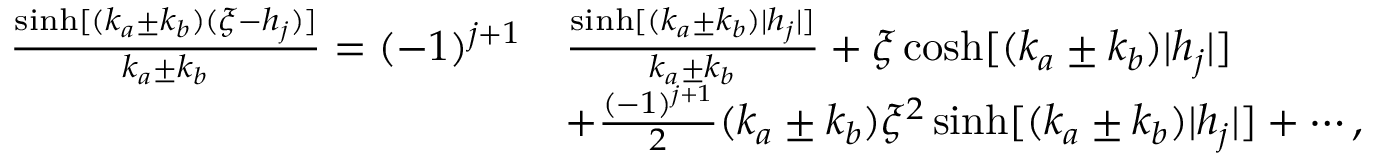
\begin{array} { r l } { \frac { \sinh [ ( k _ { a } \pm k _ { b } ) ( \xi - h _ { j } ) ] } { k _ { a } \pm k _ { b } } = ( - 1 ) ^ { j + 1 } } & { \frac { \sinh [ ( k _ { a } \pm k _ { b } ) | h _ { j } | ] } { k _ { a } \pm k _ { b } } + \xi \cosh [ ( k _ { a } \pm k _ { b } ) | h _ { j } | ] } \\ & { + \frac { ( - 1 ) ^ { j + 1 } } { 2 } ( k _ { a } \pm k _ { b } ) \xi ^ { 2 } \sinh [ ( k _ { a } \pm k _ { b } ) | h _ { j } | ] + \cdots , } \end{array}